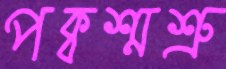
পক্বশ্মশ্রু